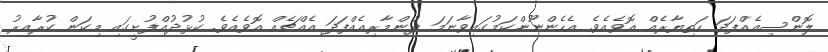
ލޮންސިއެއްފަދަ ހަތިޔާރެއް އޮވެއެވެ. އެހެންނޫންކަމުގައިވާނަމަ ދުންމާރިއެއްފަދަ އެއްޗެއް އޮވެއެވެ. ކުޅުދުއްފުށީގައި މިކަން ކުރާއިރު